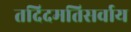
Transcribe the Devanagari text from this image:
तदिदमतिसर्वाय